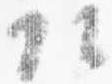
頭